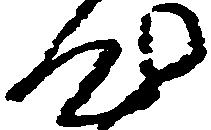
心